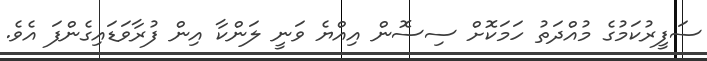
ސަފީރުކަމުގެ މުއްދަތު ހަމަކޮށް ސިސޮން އިއްޔެ ވަނީ ލަންކާ އިން ފުރާވަޑައިގެންފަ އެވެ.